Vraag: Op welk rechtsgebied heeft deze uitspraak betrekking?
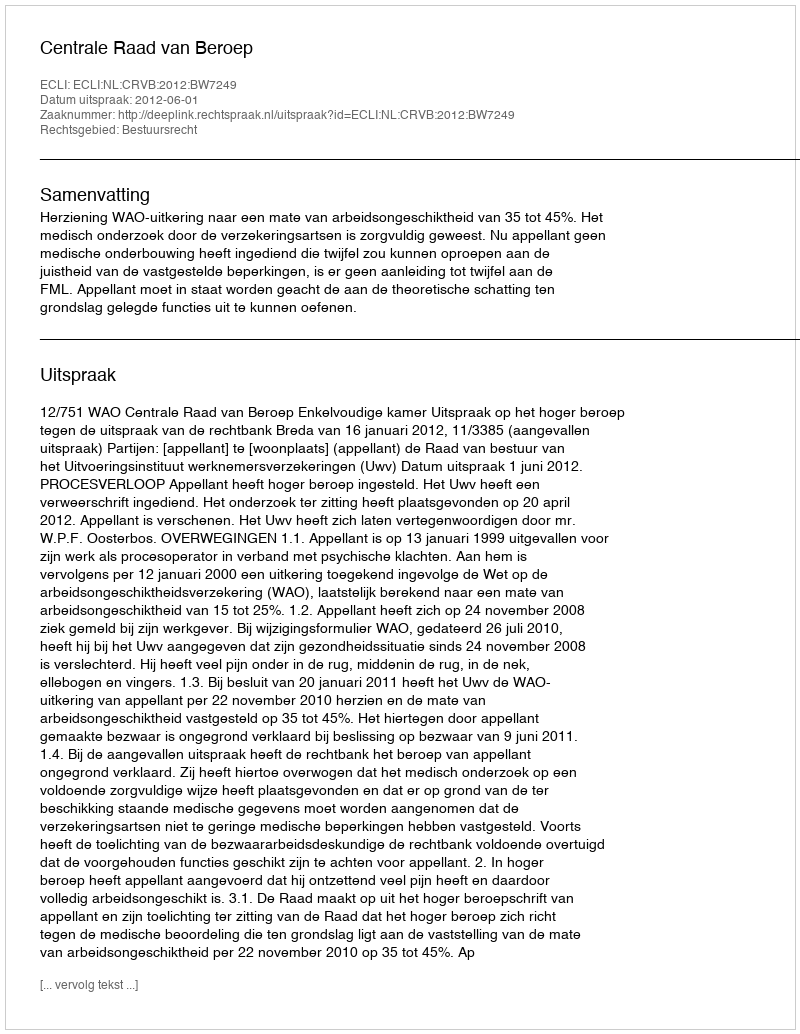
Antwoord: Bestuursrecht